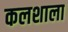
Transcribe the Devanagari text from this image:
कलशाला